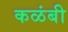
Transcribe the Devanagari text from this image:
कळंबी